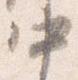
中